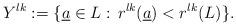
LaTeX: \begin{gather*}Y^{lk}:=\{\underline{a}\in L:\, r^{lk}(\underline{a})<r^{lk}(L)\}.\end{gather*}